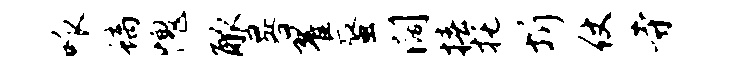
呱螭愧觚晷翟蜃阔椿托圻仗寺